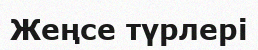
Жеңсе түрлері